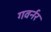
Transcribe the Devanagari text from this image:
गवर्नर